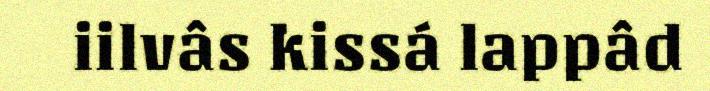
iilvâs kissá lappâd